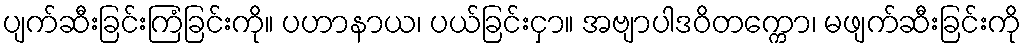
ပျက်ဆီးခြင်းကြံခြင်းကို။ ပဟာနာယ၊ ပယ်ခြင်းငှာ။ အဗျာပါဒဝိတက္ကော၊ မဖျက်ဆီးခြင်းကို